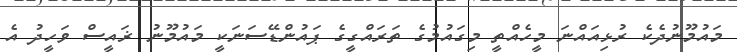
މައުމޫނުދެކެ ރުޅިއައްނަ މީހެއްތީ މިގައުމުގެ ތަރައްގީގެ ޕައުންޑޭސަނަކީ މައުމޫނު ޜައީސް ވަހީދު އެ